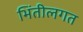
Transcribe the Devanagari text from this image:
भिंतीलगत